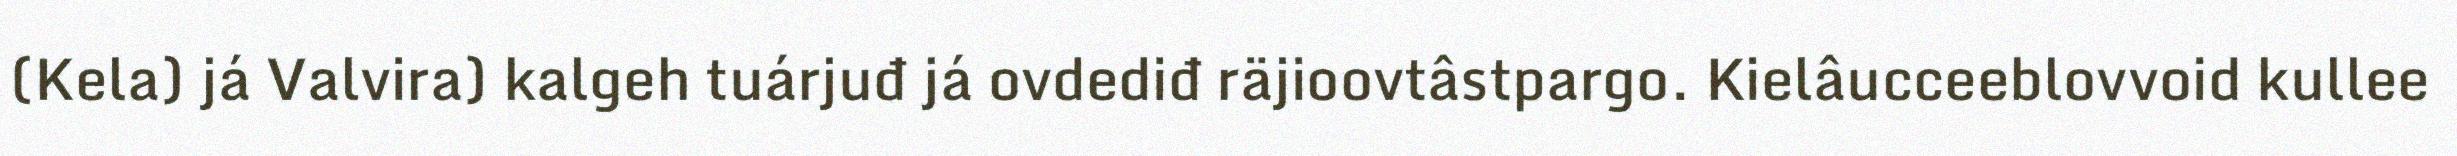
(Kela) já Valvira) kalgeh tuárjuđ já ovdediđ räjioovtâstpargo. Kielâucceeblovvoid kullee